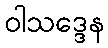
ဝါသဒ္ဒေန